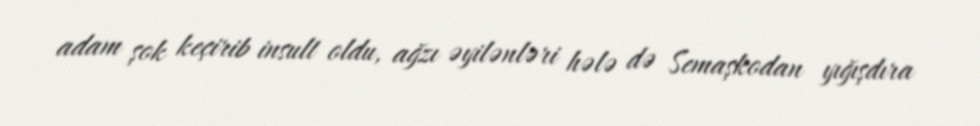
adam şok keçirib insult oldu, ağzı əyilənləri hələ də Semaşkodan yığışdıra